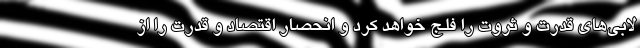
لابي‌هاي قدرت و ثروت را فلج خواهد كرد و انحصار اقتصاد و قدرت را از